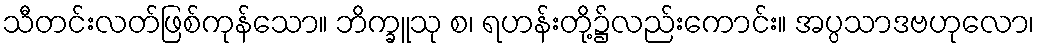
သီတင်းလတ်ဖြစ်ကုန်သော။ ဘိက္ခူသု စ၊ ရဟန်းတို့၌လည်းကောင်း။ အပ္ပသာဒဗဟုလော၊